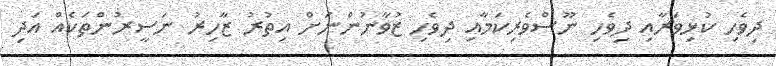
ދިވެހި ކުޅިވަރާއި ދިވެހި ނޫސްވެރިކަމާއި ދިވެހި ޒުވާނުންނަށް އިތުރު ޒާހިރު ނަސީރުންތަކެއް އަދި